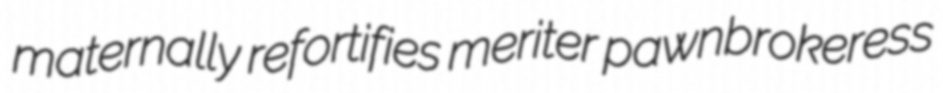
maternally refortifies meriter pawnbrokeress